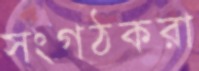
সংগঠকরা